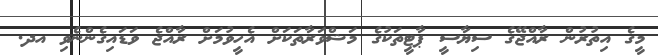
މީގެ އިތުރުން ރާއްޖޭގެ ސިޔާސީ ޕާޓީތަކުގެ މަޝްވަރާތަކަށް އެހީވުމަށް ރާއްޖެ ވަޑައިގެންނެވި އދ.